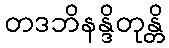
တဒဘိနန္ဒိတုန္တိ